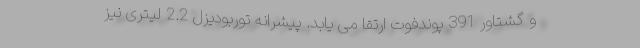
و گشتاور 391 پوندفوت ارتقا می یابد. پیشرانه توربودیزل 2.2 لیتری نیز